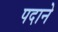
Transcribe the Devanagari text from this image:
पदाने